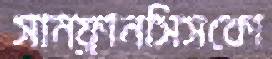
সানফ্রানসিসকো